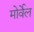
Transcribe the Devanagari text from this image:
मोर्वेल